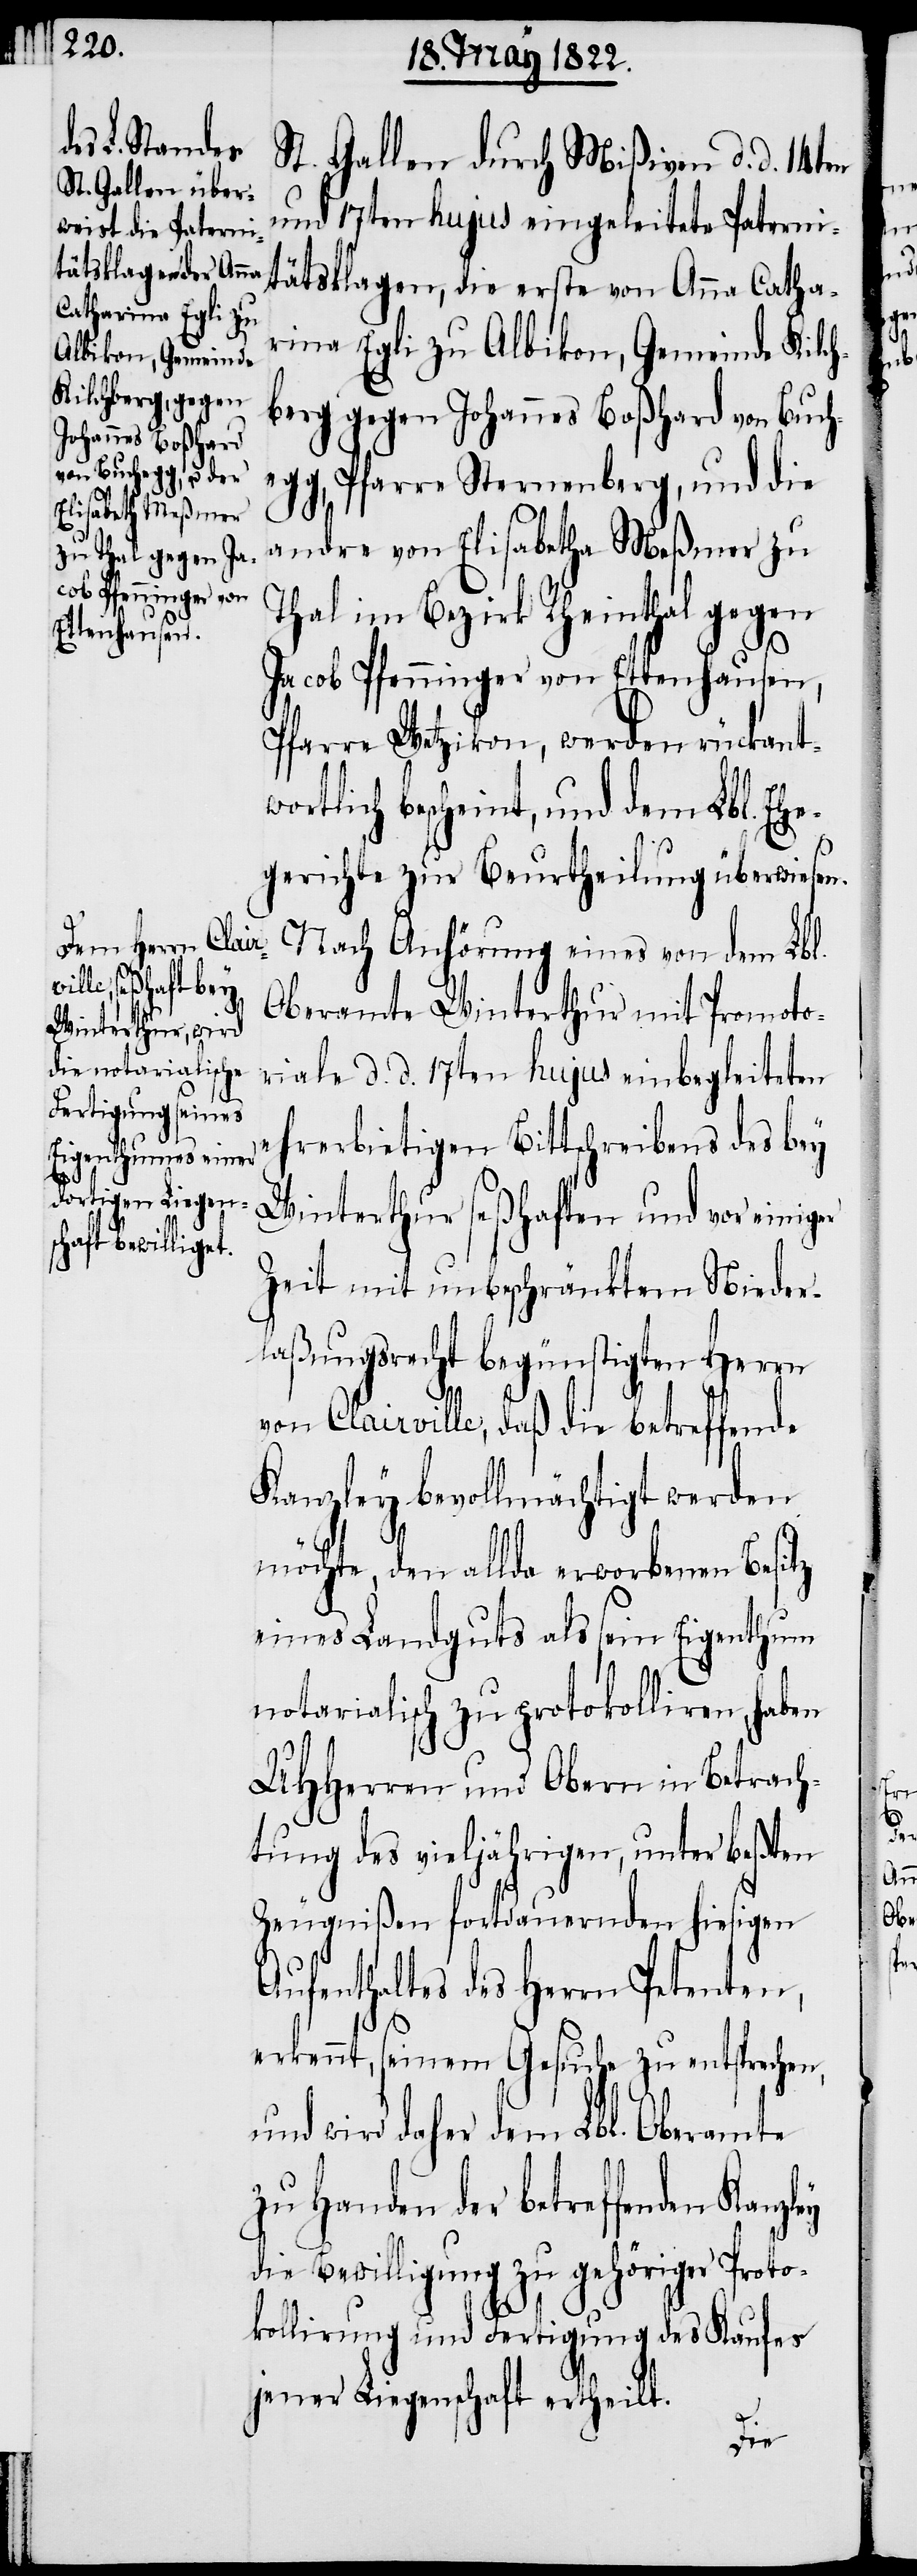
St. Gallen durch Mißiven d. d. 14ten
und 17ten hujus eingeleitete Paterni¬
tätsklagen, die erste von Anna Cathe¬
rina Egli zu Albikon, Gemeinde Kilch¬
berg gegen Johannes Boßhard von Buch¬
egg, Pfarre Sternenberg, und die
andre von Elisabetha Meßmer zu
Thal im Bezirk Rheinthal gegen
Jacob Pfenninger von Ettenhausen,
Pfarre Wetzikon, werden rückantw¬
ortlich bescheint, und dem Lbl. Ehe¬
gerichte zur Beurtheilung überwiesen.
Nach Anhörung eines von dem Lbl.
Oberamter Winterthur mit Promoto¬
riale d. d. 17ten hujus einbegleiteten
ehrerbietigen Bittschreibens des bey
Winterthur seßhaften und vor einiger
Zeit mit unbeschränktem Nieder¬
laßungsrecht begünstigten Herren
von Clairville, daß die betreffende
Kanzley bevollmächtigt werden
möchte, den allda erworbenen Besitz
eines Landguts als sein Eigenthum
notarialisch zu protokolliren, haben
UHHerren und Obern in Betrach¬
tung des vieljährigen, unter beßten
Zeugnißen fortdauernden hiesigen
Aufenthaltens des Herrn Petenten,
erkennt, seinem Gesuche zu entsprechen,
wird daher dem Lbl. Oberamte
zu Handen der betreffenden
die Bewilligung zu gehöriger Proto¬
kollirung und Fertigung des Kaufes
jener Liegenschaft ertheilt.